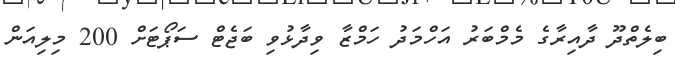
ބިލެތްދޫ ދާއިރާގެ މެމްބަރު އަހްމަދު ހަމްޒާ ވިދާޅުވި ބަޖެޓް ސަޕޯޓަށް 200 މިލިއަން